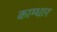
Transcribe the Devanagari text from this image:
काम्धार